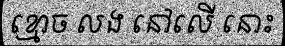
ខ្មោច លង នៅលើ នោះ